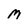
Character: M